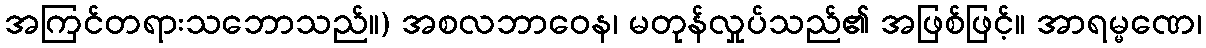
အကြင်တရားသဘောသည်။) အစလဘာဝေန၊ မတုန်လှုပ်သည်၏ အဖြစ်ဖြင့်။ အာရမ္မဏေ၊